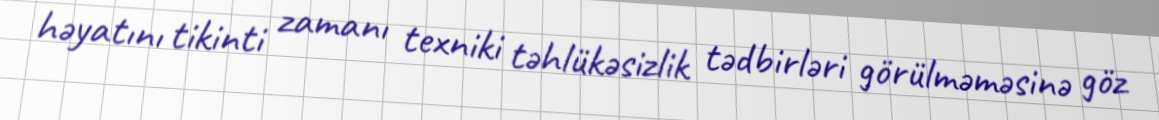
həyatını tikinti zamanı texniki təhlükəsizlik tədbirləri görülməməsinə göz